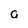
Character: a